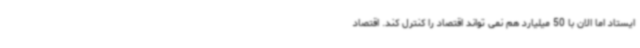
ایستاد اما الان با 50 میلیارد هم نمی تواند اقتصاد را کنترل کند. اقتصاد